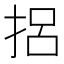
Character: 捛